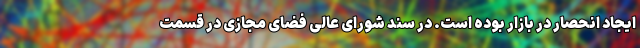
ایجاد انحصار در بازار بوده است. در سند شورای عالی فضای مجازی در قسمت